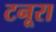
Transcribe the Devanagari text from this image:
टनूरा